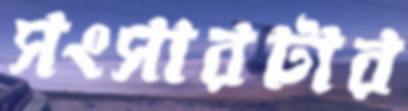
সংসারটার